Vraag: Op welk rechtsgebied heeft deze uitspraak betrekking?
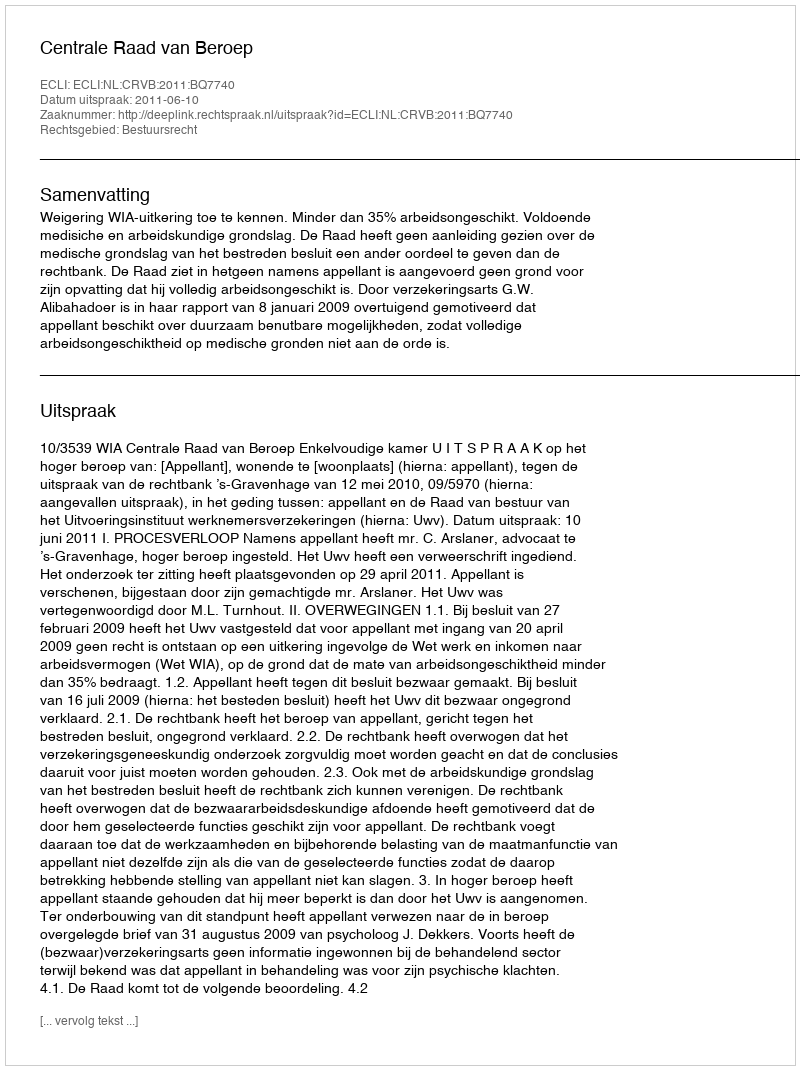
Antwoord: Bestuursrecht